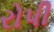
રોપી